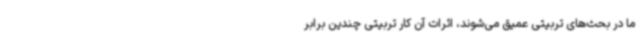
ما در بحث‌های تربیتی عمیق می‌شوند، اثرات آن کار تربیتی چندین برابر